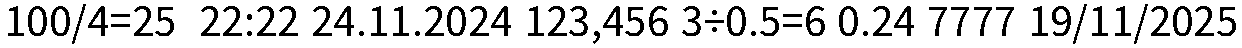
100/4=25  22:22 24.11.2024 123,456 3÷0.5=6 0.24 7777 19/11/2025